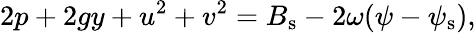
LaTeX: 2p+2gy+u^{2}+v^{2}={B}_{\mathrm{s}}-2\omega(\psi-{\psi}_{\mathrm{s}}),